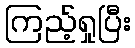
ကြည့်ရှုပြီး